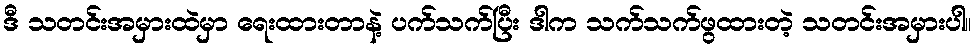
ဒီ သတင်းအမှားထဲမှာ ရေးထားတာနဲ့ ပက်သက်ပြီး ဒါက သက်သက်ဖွထားတဲ့ သတင်းအမှားပါ။